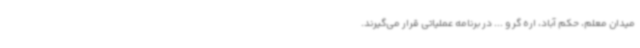
میدان معلم، حکم آباد، اره گر و ... در برنامه عملیاتی قرار می‌گیرند.